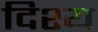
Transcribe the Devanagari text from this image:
दिश्य